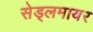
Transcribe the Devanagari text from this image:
सेड्लमायर